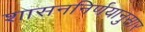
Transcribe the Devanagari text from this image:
शासननिर्णयानुसार